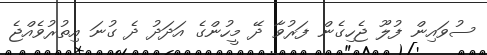
ސުވައިން ފުލޫ ޖެހިގެން ފަރުވާ ދޭ މީހުންގެ އަދަދު ދެ ގުނަ އިތުރުވެއްޖެ